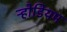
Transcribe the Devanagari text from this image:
ऱ्होडियम